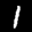
Label: 1